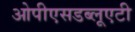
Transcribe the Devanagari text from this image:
ओपीएसडब्लूएटी